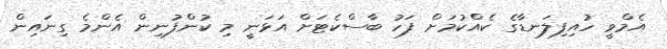
އެމްވީ ހުއިފިލަނޑާގެ ކެއްކުމަށް ފަހު ބާސްކެޓަށް އަޅަނީ މި ކުންފުނިން އެންމެ ގިނައިން